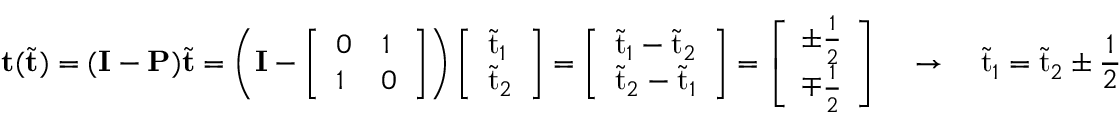
\mathbf { t } ( \tilde { \mathbf { t } } ) = ( \mathbf { I } - \mathbf { P } ) \tilde { \mathbf { t } } = \left( \mathbf { I } - \left[ \begin{array} { l l } { 0 } & { 1 } \\ { 1 } & { 0 } \end{array} \right] \right) \left[ \begin{array} { l } { \tilde { \mathrm { t } } _ { 1 } } \\ { \tilde { \mathrm { t } } _ { 2 } } \end{array} \right] = \left[ \begin{array} { l } { \tilde { \mathrm { t } } _ { 1 } - \tilde { \mathrm { t } } _ { 2 } } \\ { \tilde { \mathrm { t } } _ { 2 } - \tilde { \mathrm { t } } _ { 1 } } \end{array} \right] = \left[ \begin{array} { l } { \pm \frac { 1 } { 2 } } \\ { \mp \frac { 1 } { 2 } } \end{array} \right] \quad \rightarrow \quad \tilde { \mathrm { t } } _ { 1 } = \tilde { \mathrm { t } } _ { 2 } \pm \frac { 1 } { 2 }